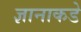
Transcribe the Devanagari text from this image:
ज्ञानाकडे